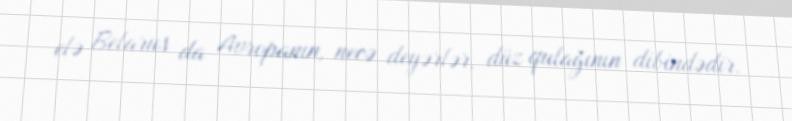
elə Belarus da Avropanın, necə deyərlər, düz qulağının dibindədir.